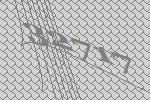
32717